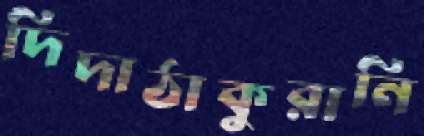
দিদাঠাকুরানি